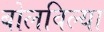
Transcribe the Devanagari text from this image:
बोलविल्या